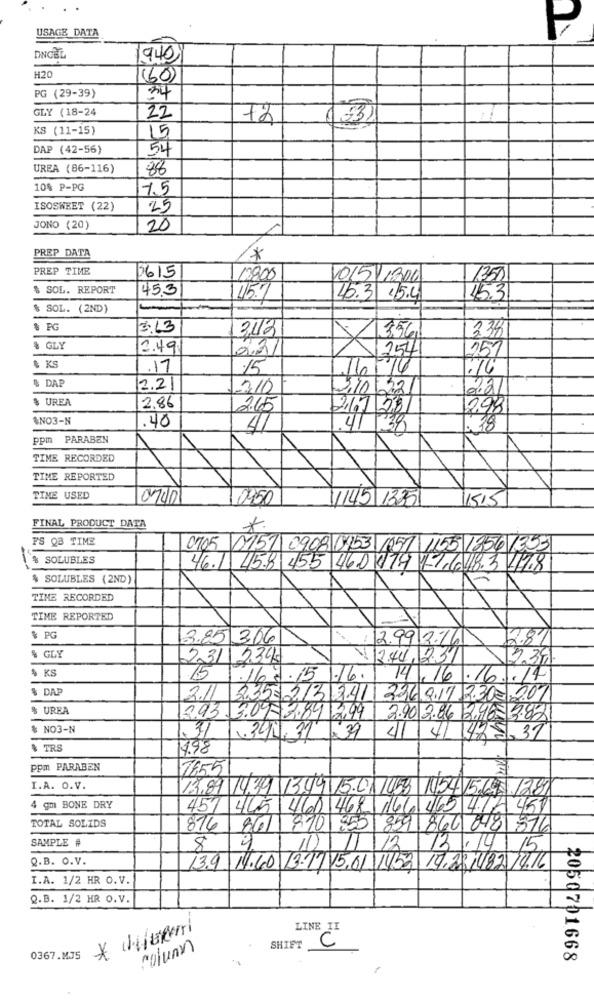
USAGE DATA
P
DINGBL
9.40
H20
(60)
PG (29-39)
34
GLY (18-24
22
+2
KS (11-15)
15
DAP (42-56)
54
UREA (86-116)
8
10% P-PG
7.5
ISOSWEET (22)
25
JONO (20)
20
PREP DATA
*
PREP TIME
3615
13900
10/5/1306
1350
& SOL. REPORT
45,3
15.7
4.3 .5.4
15.3
$ SOL. (2ND)
§ PG
3.13
234
3413
3561
& GLY
2.49
22/
2541
151
$ KS
.17
15
/6/14
$ DAP
2.2
310
210 22
2.21
$ UREA
2,86
2.15
217 28
2,98
$NO3-N
.40
41
.41 39
.28
ppm PARABEN
TIME RECORDED
TIME REPORTED
TIME USED
0700
0450
11145 13351
1515
FINAL PRODUCT DATA
FS QB TIME
0705 0151 0908 0453 1257 1155 1256 1353
% SOLUBLES
46.1 45.8 455 46.0 919 17 648 3 478
$ SOLUBLES (2ND)
TIME RECORDED
TIME REPORTED
$ PG
3.85 306
12.9912.26
12.81
% GLY
231 2345
1 244,231
2.39.
4 KS
15 .167.15/16.
14,16 .16.1.14
$ DAP
2.11
2.35- 213 241
236.9.17 2.302.201
% UREA
3.93. 3.04. 3.84/2,99
2.90 2.86 2.96-13.82
& NO3-N
.31
.391-31 /39
< 4/ 1425.37
142
$ TRS
4.98
ppm PARABEN
7655
I.A. O.V.
13.89 14.34 13.44 15.01 /458 1154 5.6 1281
4 gm BONE DRY
457 465 460 468 166 465 476 451
TOTAL SOLIDS
874
861 8101955
859 866 848 876
SAMPLE #
8
11)
12
13.14
Q.B. O.V.
3.9.14.10 13.11.15.01.1.53 14.221482.14.16
I.A. 1/2 HR O.V.
Q.B. 1/2 HR O.V.
LINE II
C
SHIFT
0367.MJ5
2050701668